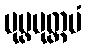
ပုပ္ဖမုတ္တမံ